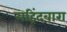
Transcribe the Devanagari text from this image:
महिंदवारा